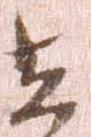
在